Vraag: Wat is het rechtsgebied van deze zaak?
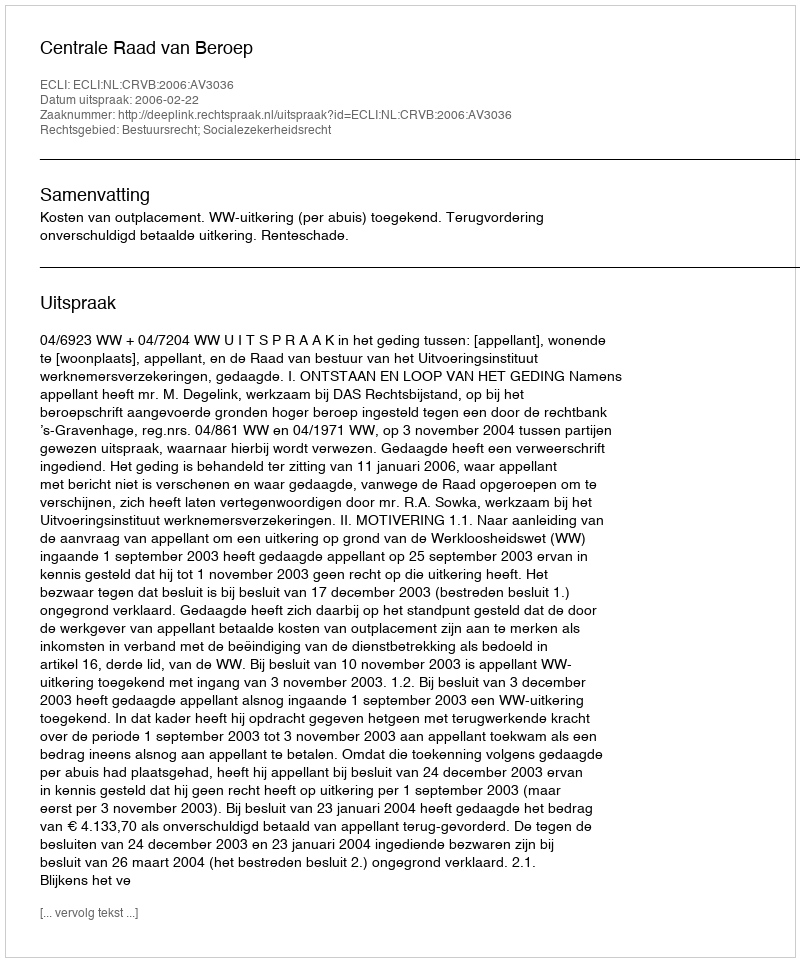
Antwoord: Bestuursrecht; Socialezekerheidsrecht